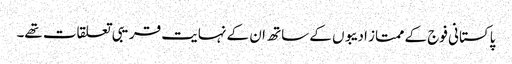
پاکستانی فوج کے ممتاز ادیبوں کے ساتھ ان کے نہایت قریبی تعلقات تھے۔